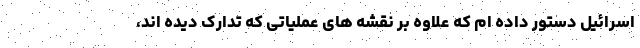
اسرائیل دستور داده ام که علاوه بر نقشه های عملیاتی که تدارک دیده اند،